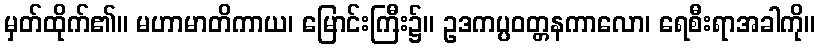
မှတ်ထိုက်၏။ မဟာမာတိကာယ၊ မြောင်းကြီး၌။ ဥဒကပ္ပဝတ္တနကာလော၊ ရေစီးရာအခါကို။